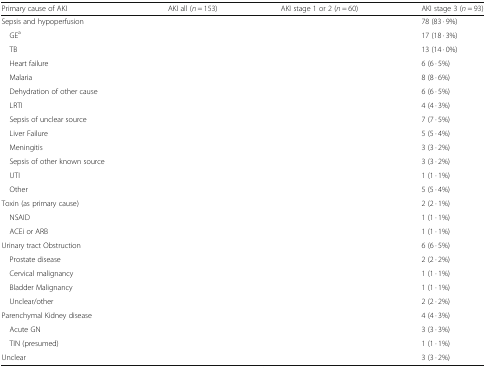
<table><thead><tr><td><b>Primary cause of AKI</b></td><td><b>AKI all (<i>n</i> = 153)</b></td><td><b>AKI stage 1 or 2 (<i>n</i> = 60)</b></td><td><b>AKI stage 3 (<i>n</i> = 93)</b></td></tr></thead><tbody><tr><td>Sepsis and hypoperfusion</td><td>[EMPTY_CELL]</td><td>[EMPTY_CELL]</td><td>78 (83 · 9%)</td></tr><tr><td> GE<sup>a</sup></td><td>[EMPTY_CELL]</td><td>[EMPTY_CELL]</td><td>17 (18 · 3%)</td></tr><tr><td> TB</td><td>[EMPTY_CELL]</td><td>[EMPTY_CELL]</td><td>13 (14 · 0%)</td></tr><tr><td> Heart failure</td><td>[EMPTY_CELL]</td><td>[EMPTY_CELL]</td><td>6 (6 · 5%)</td></tr><tr><td> Malaria</td><td>[EMPTY_CELL]</td><td>[EMPTY_CELL]</td><td>8 (8 · 6%)</td></tr><tr><td> Dehydration of other cause</td><td>[EMPTY_CELL]</td><td>[EMPTY_CELL]</td><td>6 (6 · 5%)</td></tr><tr><td> LRTI</td><td>[EMPTY_CELL]</td><td>[EMPTY_CELL]</td><td>4 (4 · 3%)</td></tr><tr><td> Sepsis of unclear source</td><td>[EMPTY_CELL]</td><td>[EMPTY_CELL]</td><td>7 (7 · 5%)</td></tr><tr><td> Liver Failure</td><td>[EMPTY_CELL]</td><td>[EMPTY_CELL]</td><td>5 (5 · 4%)</td></tr><tr><td> Meningitis</td><td>[EMPTY_CELL]</td><td>[EMPTY_CELL]</td><td>3 (3 · 2%)</td></tr><tr><td> Sepsis of other known source</td><td>[EMPTY_CELL]</td><td>[EMPTY_CELL]</td><td>3 (3 · 2%)</td></tr><tr><td> UTI</td><td>[EMPTY_CELL]</td><td>[EMPTY_CELL]</td><td>1 (1 · 1%)</td></tr><tr><td> Other</td><td>[EMPTY_CELL]</td><td>[EMPTY_CELL]</td><td>5 (5 · 4%)</td></tr><tr><td>Toxin (as primary cause)</td><td>[EMPTY_CELL]</td><td>[EMPTY_CELL]</td><td>2 (2 · 1%)</td></tr><tr><td> NSAID</td><td>[EMPTY_CELL]</td><td>[EMPTY_CELL]</td><td>1 (1 · 1%)</td></tr><tr><td> ACEi or ARB</td><td>[EMPTY_CELL]</td><td>[EMPTY_CELL]</td><td>1 (1 · 1%)</td></tr><tr><td>Urinary tract Obstruction</td><td>[EMPTY_CELL]</td><td>[EMPTY_CELL]</td><td>6 (6 · 5%)</td></tr><tr><td> Prostate disease</td><td>[EMPTY_CELL]</td><td>[EMPTY_CELL]</td><td>2 (2 · 2%)</td></tr><tr><td> Cervical malignancy</td><td>[EMPTY_CELL]</td><td>[EMPTY_CELL]</td><td>1 (1 · 1%)</td></tr><tr><td> Bladder Malignancy</td><td>[EMPTY_CELL]</td><td>[EMPTY_CELL]</td><td>1 (1 · 1%)</td></tr><tr><td> Unclear/other</td><td>[EMPTY_CELL]</td><td>[EMPTY_CELL]</td><td>2 (2 · 2%)</td></tr><tr><td>Parenchymal Kidney disease</td><td>[EMPTY_CELL]</td><td>[EMPTY_CELL]</td><td>4 (4 · 3%)</td></tr><tr><td> Acute GN</td><td>[EMPTY_CELL]</td><td>[EMPTY_CELL]</td><td>3 (3 · 3%)</td></tr><tr><td> TIN (presumed)</td><td>[EMPTY_CELL]</td><td>[EMPTY_CELL]</td><td>1 (1 · 1%)</td></tr><tr><td>Unclear</td><td>[EMPTY_CELL]</td><td>[EMPTY_CELL]</td><td>3 (3 · 2%)</td></tr></tbody></table>